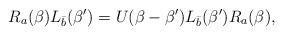
LaTeX: \begin{align*}R_a ( \beta) L_{\bar b} (\beta^{\prime}) = U (\beta - \beta^{\prime})L_{\bar b} ( \beta^{\prime}) R_a (\beta),\end{align*}